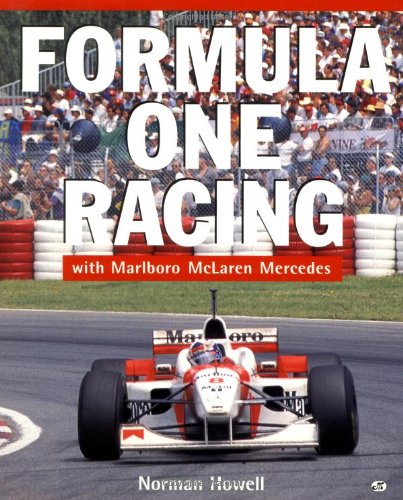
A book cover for Formula One Racing: With Marlboro, McLaren, Mercedes; Norman Howell; Engineering & Transportation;